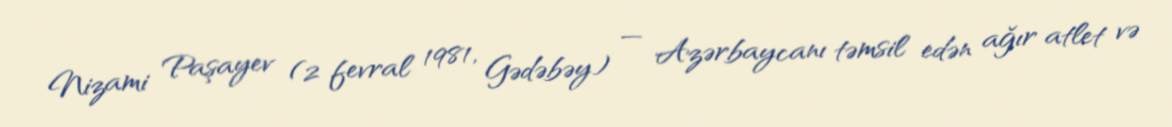
Nizami Paşayev (2 fevral 1981, Gədəbəy) — Azərbaycanı təmsil edən ağır atlet və